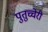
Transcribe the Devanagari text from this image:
पुतुच्चेरी